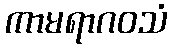
ကာမရာဂဝသံ